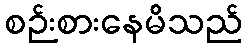
စဉ်းစားနေမိသည်